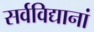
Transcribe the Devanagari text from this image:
सर्वविद्यानां